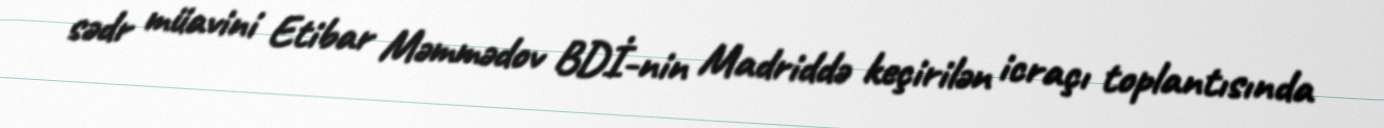
sədr müavini Etibar Məmmədov BDİ-nin Madriddə keçirilən icraçı toplantısında